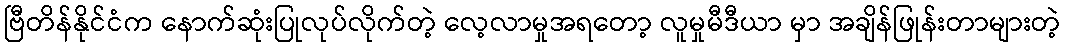
ဗြီတိန်နိုင်ငံက နောက်ဆုံးပြုလုပ်လိုက်တဲ့ လေ့လာမှုအရတော့ လူမှုမီဒီယာ မှာ အချိန်ဖြုန်းတာများတဲ့